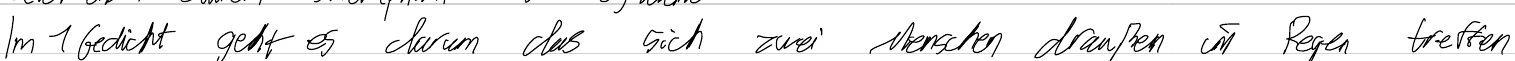
Im 1 Gedicht geht es darum das sich zwei Menschen draußen im Regen treffen